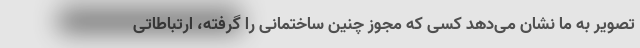
تصویر به ما نشان می‌دهد کسی که مجوز چنین ساختمانی را گرفته، ارتباطاتی